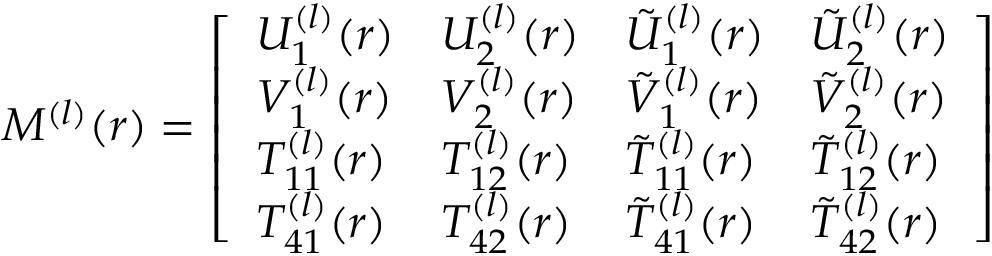
\begin{array} { r } { M ^ { ( l ) } ( r ) = \left[ \begin{array} { l l l l } { U _ { 1 } ^ { ( l ) } ( r ) } & { U _ { 2 } ^ { ( l ) } ( r ) } & { \tilde { U } _ { 1 } ^ { ( l ) } ( r ) } & { \tilde { U } _ { 2 } ^ { ( l ) } ( r ) } \\ { V _ { 1 } ^ { ( l ) } ( r ) } & { V _ { 2 } ^ { ( l ) } ( r ) } & { \tilde { V } _ { 1 } ^ { ( l ) } ( r ) } & { \tilde { V } _ { 2 } ^ { ( l ) } ( r ) } \\ { T _ { 1 1 } ^ { ( l ) } ( r ) } & { T _ { 1 2 } ^ { ( l ) } ( r ) } & { \tilde { T } _ { 1 1 } ^ { ( l ) } ( r ) } & { \tilde { T } _ { 1 2 } ^ { ( l ) } ( r ) } \\ { T _ { 4 1 } ^ { ( l ) } ( r ) } & { T _ { 4 2 } ^ { ( l ) } ( r ) } & { \tilde { T } _ { 4 1 } ^ { ( l ) } ( r ) } & { \tilde { T } _ { 4 2 } ^ { ( l ) } ( r ) } \end{array} \right] } \end{array}